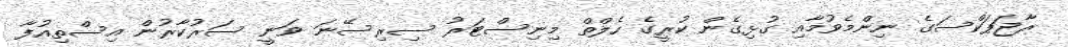
ރާޖަޕަކްސަގެ ނިންމެވުމާއި ގުޅިގެން ކުރީގެ ހެލްތް މިނިސްޓަރު ސިރިސޭނަ ވަނީ ސަރުކާރުން އިސްތިއުފާ